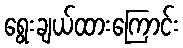
ရွေးချယ်ထားကြောင်း